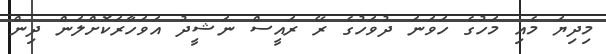
މިދިޔަ މެއި މަހުގެ ހަވަނަ ދުވަހުގެ ރޭ ރައީސް ނަޝީދު އަވަހާރަކޮށްލަން ދިން